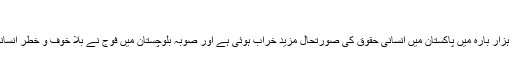
‘
رپورٹ میں یہ بھی کہا گیا ہے کہ سنہ دو ہزار بارہ میں پاکستان میں انسانی حقوق کی صورتحال مزید خراب ہوئی ہے اور صوبہ بلوچستان میں فوج نے بلا خوف و خطر انسانی حقوق کی سنگین خلاف ورزیاں کی ہیں۔